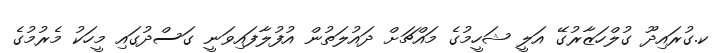
ކ.ގުރައިދޫ ގުލްހަޒާރުގޭ އަލީ ޝަހީމުގެ މައްޗަށް ދައުލަތުން އުފުލާފައިވަނީ ގަސްދުގައި މީހަކު މެރުމުގެ